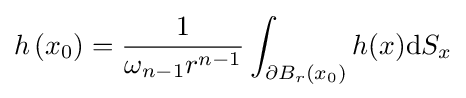
h\left(x_{0}\right)={\frac {1}{\omega _{n-1}r^{n-1}}}\int _{\partial B_{r}\left(x_{0}\right)}h(x)\mathrm {d} S_{x}